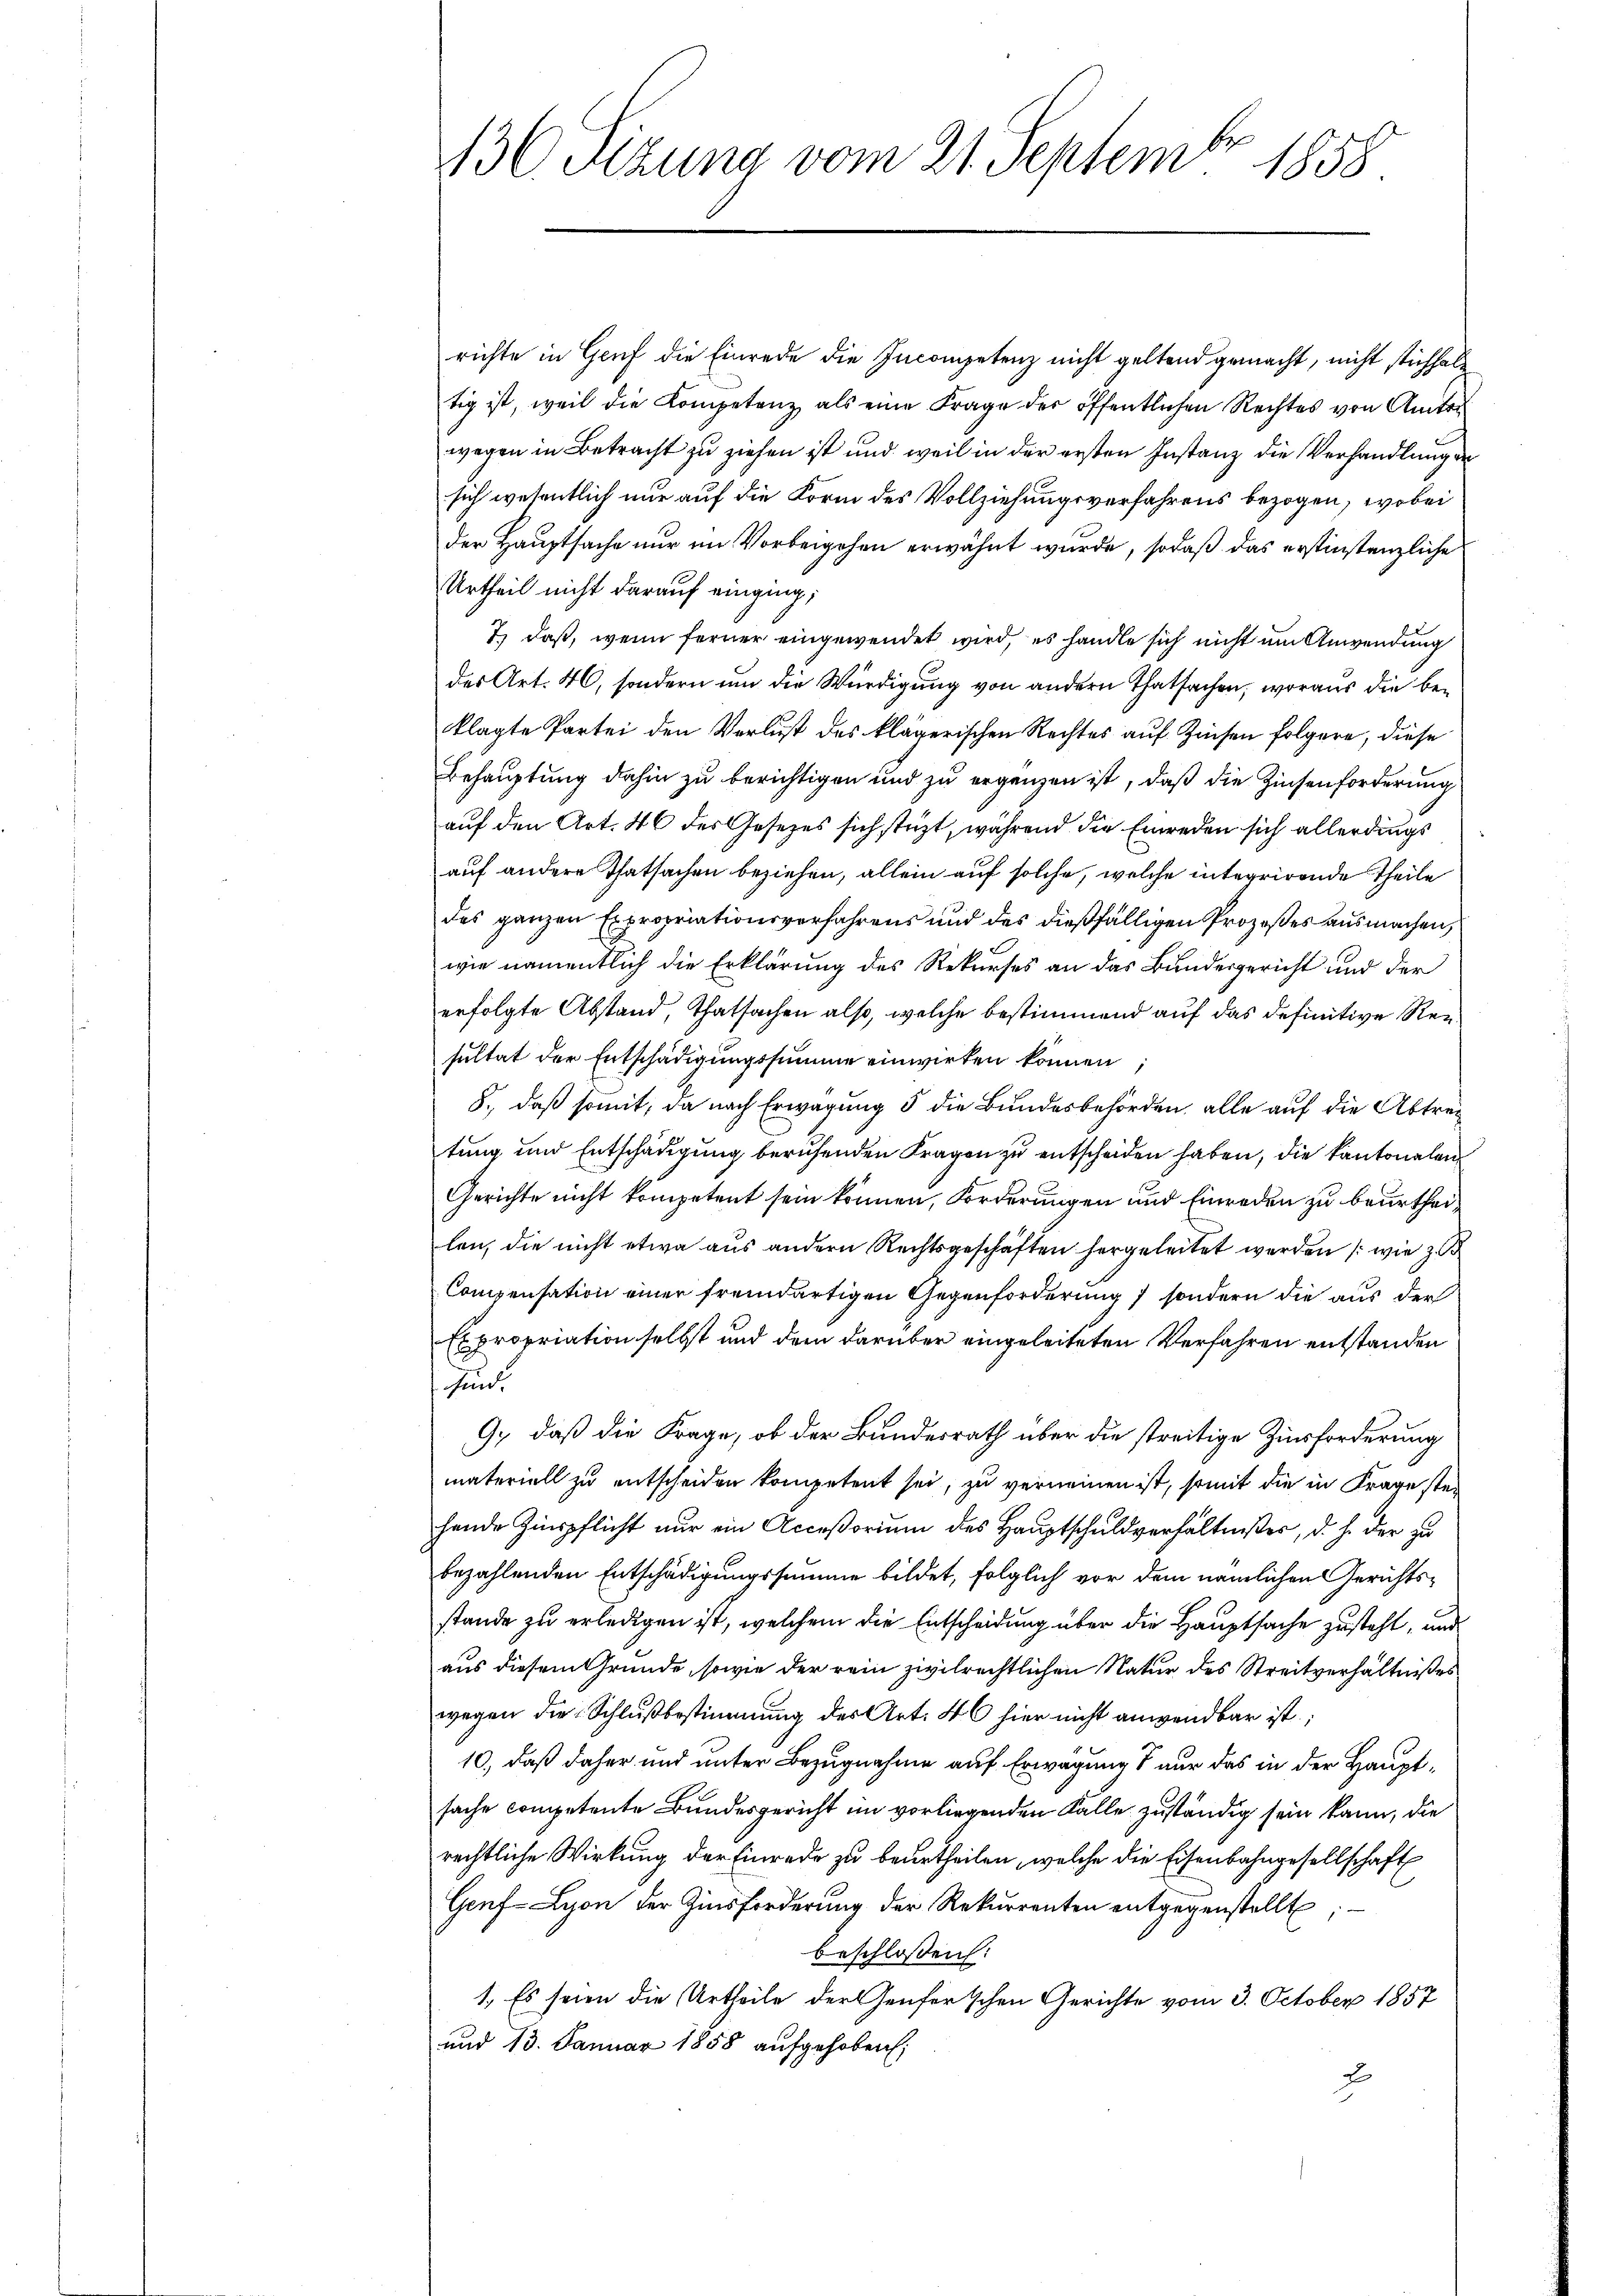
be
136. Sizung vom 21. Septem 1858.

richte in Genf die Einrede die Incompetenz nicht geltend gemacht, nicht stichhaltig ist, weil die Kompetenz als eine Frage der öffentlichen Rechtes von Amtsr
wegen in Betracht zu ziehen ist und weil in der ersten Instanz die Verhandlung de
sich wesentlich nur auf die Form des Vollziehungsverfahrens bezogen, wobei
der Hauptsache nur im Vorbeigehen erwähnt wurde, sodaß das erstinstenzliche
Urtheil nicht darauf einging;
7) daß, wenn ferner eingewendet wird, es handle sich nicht um Anwendung
des Art. 46, sondern um die Würdigung von andern Thatsachen, woraus die beklagte Partei den Verlust des klägerischen Rechtes auf Zinsen folgere, diese
Behauptung dahin zu berichtigen und zu ergänzen ist, daß die Zinsenforderung
auf den Art. 46 des Gesetzes sich stüzt, während die Einreden sich allerdings
auf andere Thatsachen beziehen, allein auf solche, welche integrirende Theile
des ganzen Expropriationsverfahrens und des dießfälligen Prozeßes ausmachen,
wie namentlich die Erklärung des Rekurses an das Bundesgericht und der
erfolgte Abstand, Thatsachen also, welche bestimmend auf das definitive Reisultat der Entschädigungssumme einwirken können
8., daß somit, da nach Erwägung 5 die Bundesbehörden, alle auf die Abtretung und Entschädigung berufenden Fragen zu entscheiden haben, die kantonalen
Gerichte nicht kompetent sein können, Forderungen und Einreden zu beurtheilen, die nicht etwa aus andern Rechtsgeschäften hergeleitet werden (wie zu
Compensation einer fremdartigen Gegenforderung sondern die aus der
Expropriation selbst und dem darüber eingeleiteten Verfahren entstanden
sind.
9, daß die Frage, ob der Bundesrath über die streitige Zinsforderung
materiell zu entscheiden kompetent sei, zu verneinen ist, somit die in Frage stei
hande Zinspflicht nur ein Acceßorium des Hauptschuldverhältnißes, d. h. der zu
bezahlenden Entschädigungssumme bildet, folglich vor dem nämlichen Gerichtsstande zu erledigen ist, welchem die Entscheidung über die Hauptsache zusteht, und
aus diesem Grunde, sowie der rein zivilrechtlichen Natur des Streitverhältnißes
wegen die Schlußbestimmung des Art. 46 hier nicht anwendbar ist;
10, daß daher und unter Bezugnahme auf Erwägung nur das in der Hauptsache competente Bundesgericht im vorliegenden Falle zuständig sein kann, die
rechtliche Wirkung der Einrede zu beurtheilen, welche die Eisenbahngesellschaft
Genf Lyon der Zinsforderung der Rekurrenten entgegenstellt,
beschlossen:
1. Es seien die Urtheile der Genfer’schen Gerichte vom 3. October 1857
und 13. Januar 1858 aufgehoben;
x